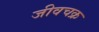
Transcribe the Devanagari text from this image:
जीवचक्र